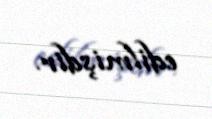
edilmişdir.